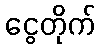
ငွေတိုက်